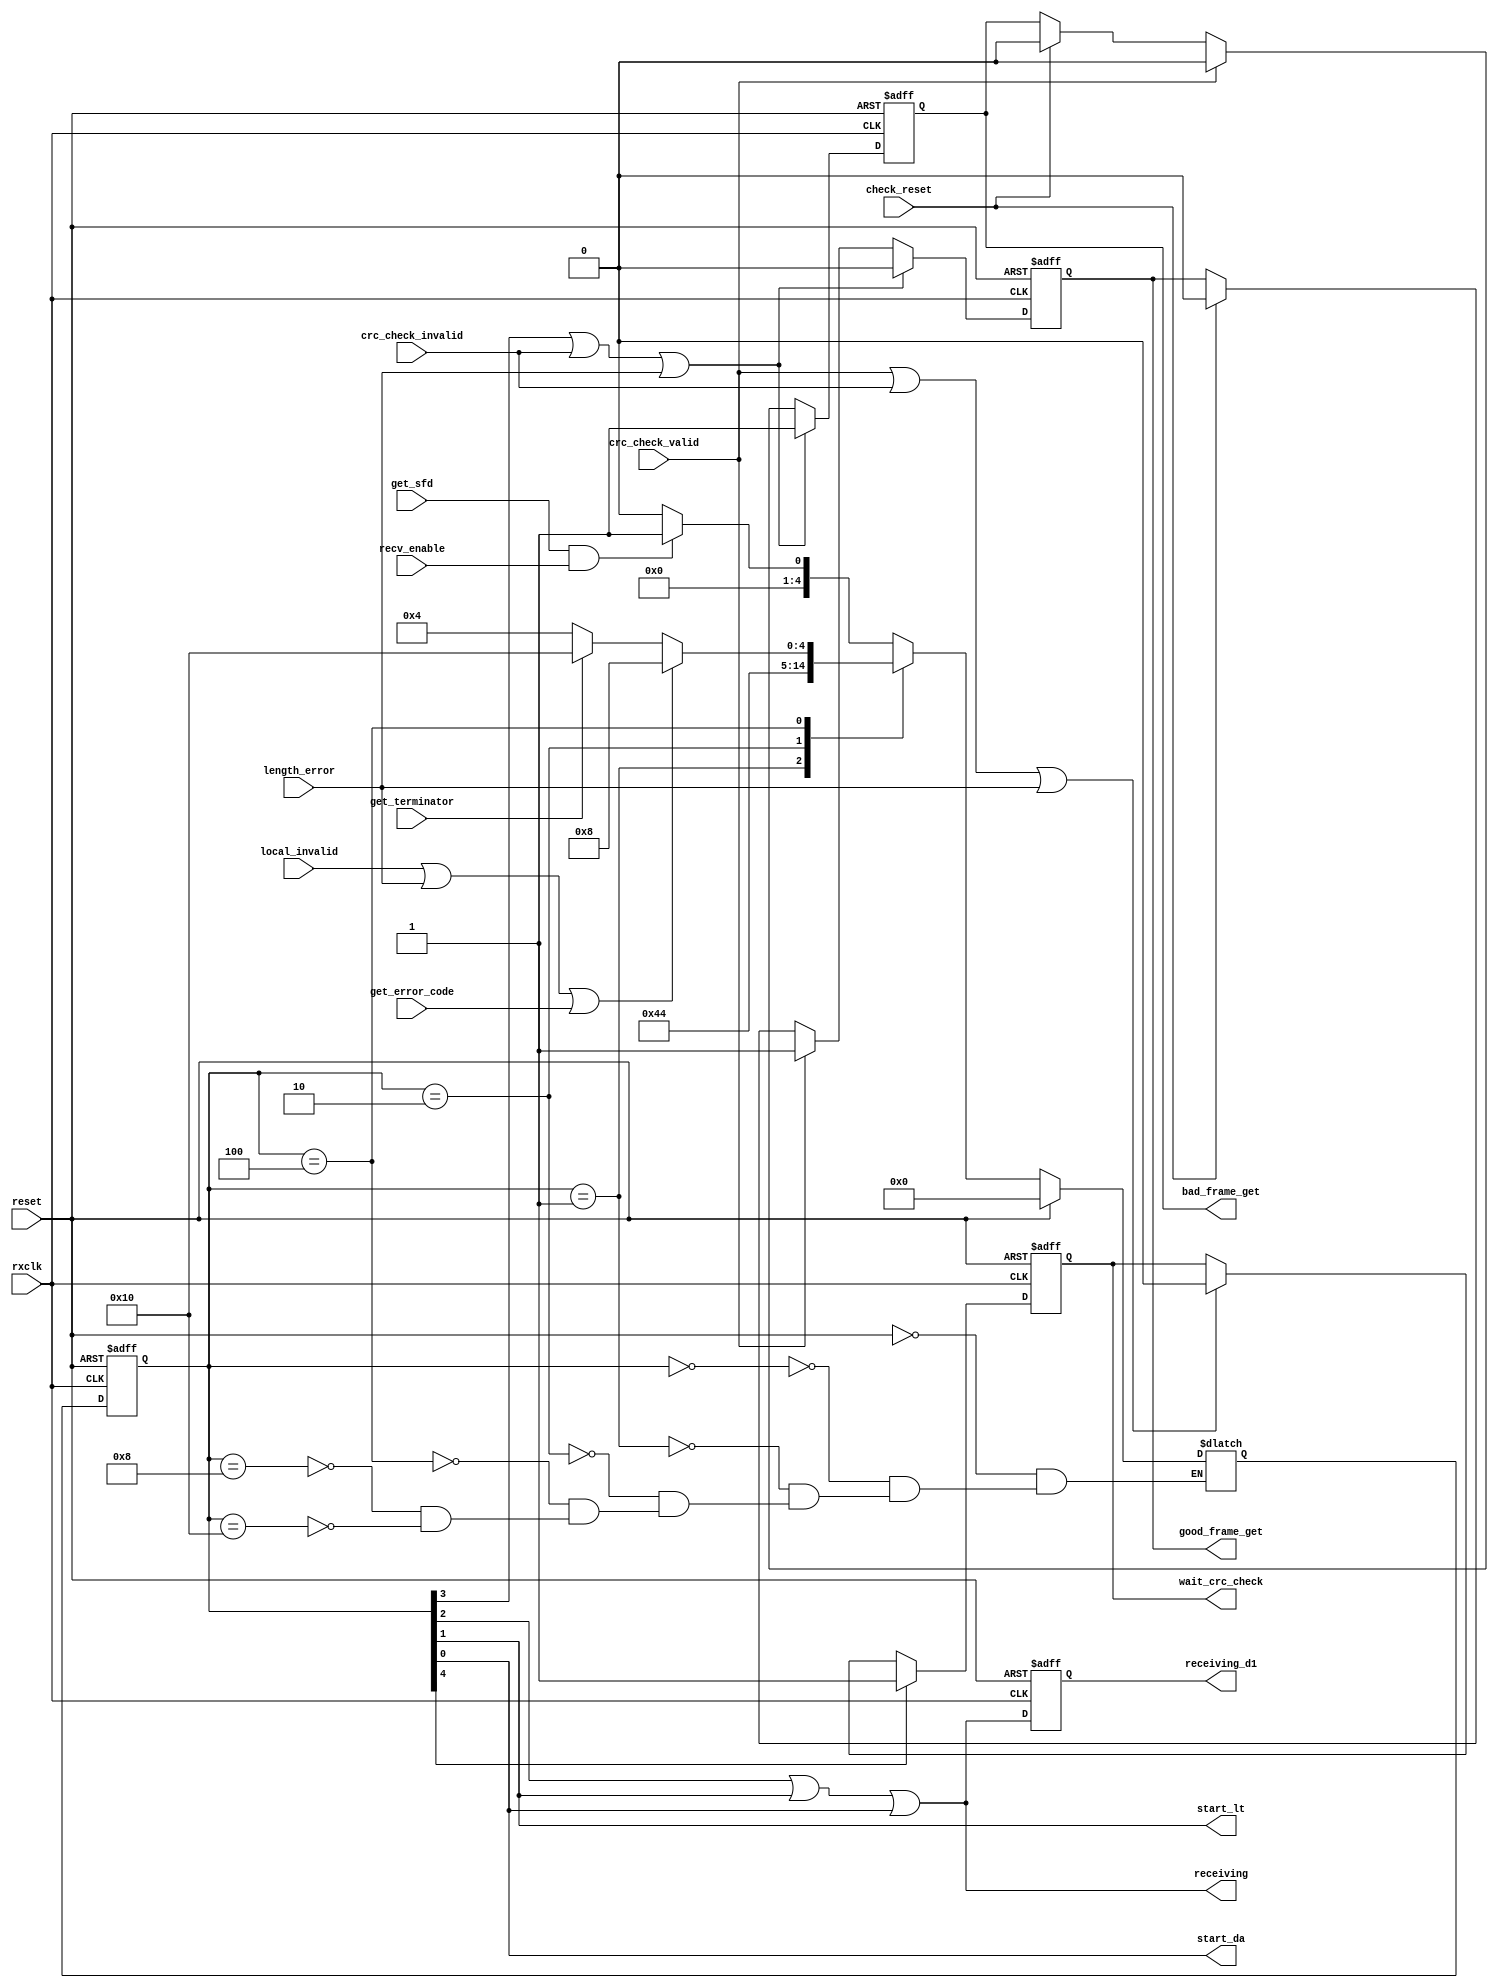
module rxStateMachine(rxclk, reset, recv_enable, get_sfd, local_invalid, length_error, crc_check_valid, crc_check_invalid, 
       start_da, start_lt, receiving, receiving_d1, good_frame_get, bad_frame_get, get_error_code, wait_crc_check,
       get_terminator,check_reset);
   
    input rxclk;
    input reset;
   
    input recv_enable;
 
    //PRE & SFD
    input get_sfd; // SFD has been received;
 
    //DA field 
    input local_invalid;// The Frame's DA field is not Local MAC;
 
    //Length/Type field
    input length_error;//
 
    //FCS field
   input get_terminator;//Indicate end of receiving FCS field;
   input crc_check_valid;//Indicate the frame passed CRC Check;
   input crc_check_invalid;//Indicate the frame failed in CRC Check;
   input get_error_code;
   
   input check_reset;
 
   //DA field
   output start_da;// Start to receive Destination Address;
   
   //Length/Type field
   output start_lt;// Start to receive Length/Type field;
 
    //Receive process control
   output receiving; //Rx Engine is working, not in IDLE state and Check state.
   output receiving_d1;
   output good_frame_get;// A good frame has been received;
   output bad_frame_get; // A bad frame has been received; 
   output wait_crc_check;// 
 
   parameter IDLE = 0, rxReceiveDA = 1, rxReceiveLT = 2, rxReceiveData = 4;
   parameter rxGetError = 8,	rxIFGWait = 16;
   parameter TP =1;

   wire    start_da;
   wire    start_lt;
   wire    receiving;
   reg     good_frame_get;
   reg     bad_frame_get;
   
   reg[4:0] rxstate, rxstate_next;

   always@(rxstate, get_sfd, local_invalid, recv_enable,
           get_error_code, length_error, get_terminator, reset)begin
         if (reset) begin
            rxstate_next <=#TP IDLE;
         end
         else begin	 
             case (rxstate)
                 IDLE: begin //5'b00000;
                     if (get_sfd && recv_enable)
                       rxstate_next <=#TP rxReceiveDA;
                     else
                       rxstate_next <=#TP IDLE;
                 end
                 rxReceiveDA: begin //5'b00001  
                     rxstate_next <=#TP rxReceiveLT;
                 end
                 rxReceiveLT: begin //5'b00010
                     rxstate_next <=#TP rxReceiveData;
                 end
                 rxReceiveData: begin //5'b00100
                     if (local_invalid |length_error| get_error_code) 
                       rxstate_next <=#TP rxGetError;
                     else if (get_terminator)
                       rxstate_next <=#TP rxIFGWait;
                     else
                       rxstate_next <=#TP rxReceiveData;
                 end
                 rxGetError: begin //5'b01000
                     if (get_sfd && recv_enable)
                       rxstate_next <=#TP rxReceiveDA;
                     else
                       rxstate_next <=#TP IDLE;
                 end
                 rxIFGWait : begin //5'b10000;
                     if (get_sfd && recv_enable)
                       rxstate_next <=#TP rxReceiveDA;
                     else
                       rxstate_next <=#TP IDLE;
                 end
             endcase
         end
    end

    always@(posedge rxclk or posedge reset) begin
         if (reset)
           rxstate <=#TP IDLE;
         else
           rxstate <=#TP rxstate_next;
    end

    assign start_da = rxstate[0];
    assign start_lt = rxstate[1];
    assign receiving = rxstate[2] | rxstate[1] | rxstate[0]; // in DA,LT,DATA status
 
    reg receiving_d1;
    always@(posedge rxclk or posedge reset) begin
         if (reset) begin
           receiving_d1<=#TP 0;
         end
         else begin
           receiving_d1<=#TP receiving;
         end
    end
 
    reg  wait_crc_check; 
    always@(posedge rxclk or posedge reset) begin
         if (reset)
           wait_crc_check <=#TP 0;
         else if (rxstate[4])
           wait_crc_check <=#TP 1'b1;
         else if (crc_check_valid || crc_check_invalid||length_error)
           wait_crc_check <=#TP 1'b0;
         else
           wait_crc_check <=#TP wait_crc_check;
    end

    always@(posedge rxclk or posedge reset)begin
         if (reset)	begin
           bad_frame_get <=#TP 0;
           good_frame_get <=#TP 0;
         end
         else if(rxstate[3] || crc_check_invalid || length_error)begin
           bad_frame_get <=#TP 1'b1;
           good_frame_get <=#TP 1'b0;
         end
         else if (crc_check_valid)begin 
           good_frame_get <=#TP 1'b1;
           bad_frame_get <=#TP 1'b0;
         end 
         else if (check_reset)begin
           good_frame_get <=#TP 1'b0;
           bad_frame_get <=#TP 1'b0;
         end 
    end
endmodule